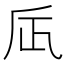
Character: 𠂮